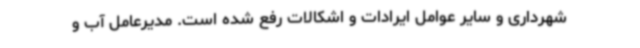
شهرداری و سایر عوامل ایرادات و اشکالات رفع شده است. مدیرعامل آب و